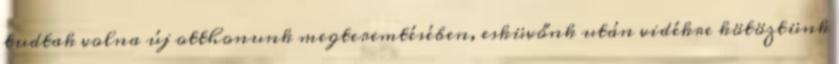
tudtak volna új otthonunk megteremtésében, esküvőnk után vidékre kötöztünk